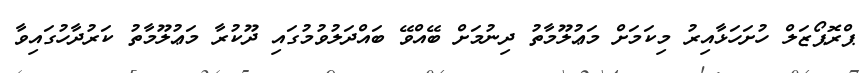
ޕްރޮޕޯޒަލް ހުށަހަޅާއިރު މިކަމަށް މަޢުލޫމާތު ދިނުމަށް ބޭއްވޭ ބައްދަލުވުމުގައި ދޫކުރާ މަޢުލޫމާތު ކަރުދާހުގައިވާ